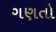
ગણતો